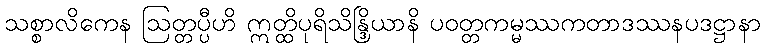
သစ္စာလိကေန ဩတ္တပ္ပီဟိ ဣတ္ထိပုရိသိန္ဒြိယာနိ ပဝတ္တကမ္မဿကတာဒဿနပဒဋ္ဌာနာ